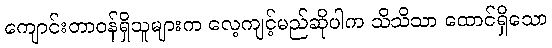
ကျောင်းတာဝန်ရှိသူများက လေ့ကျင့်မည်ဆိုပါက သိသိသာ ထောင်ရှိသော